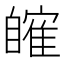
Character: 𦤤